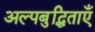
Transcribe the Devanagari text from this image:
अल्पबुद्धिताएँ